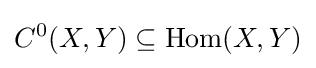
C^{0}(X,Y)\subseteq {\mbox{Hom}}(X,Y)